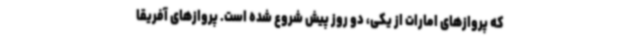
که پروازهای امارات از یکی، دو روز پیش شروع شده است. پروازهای آفریقا